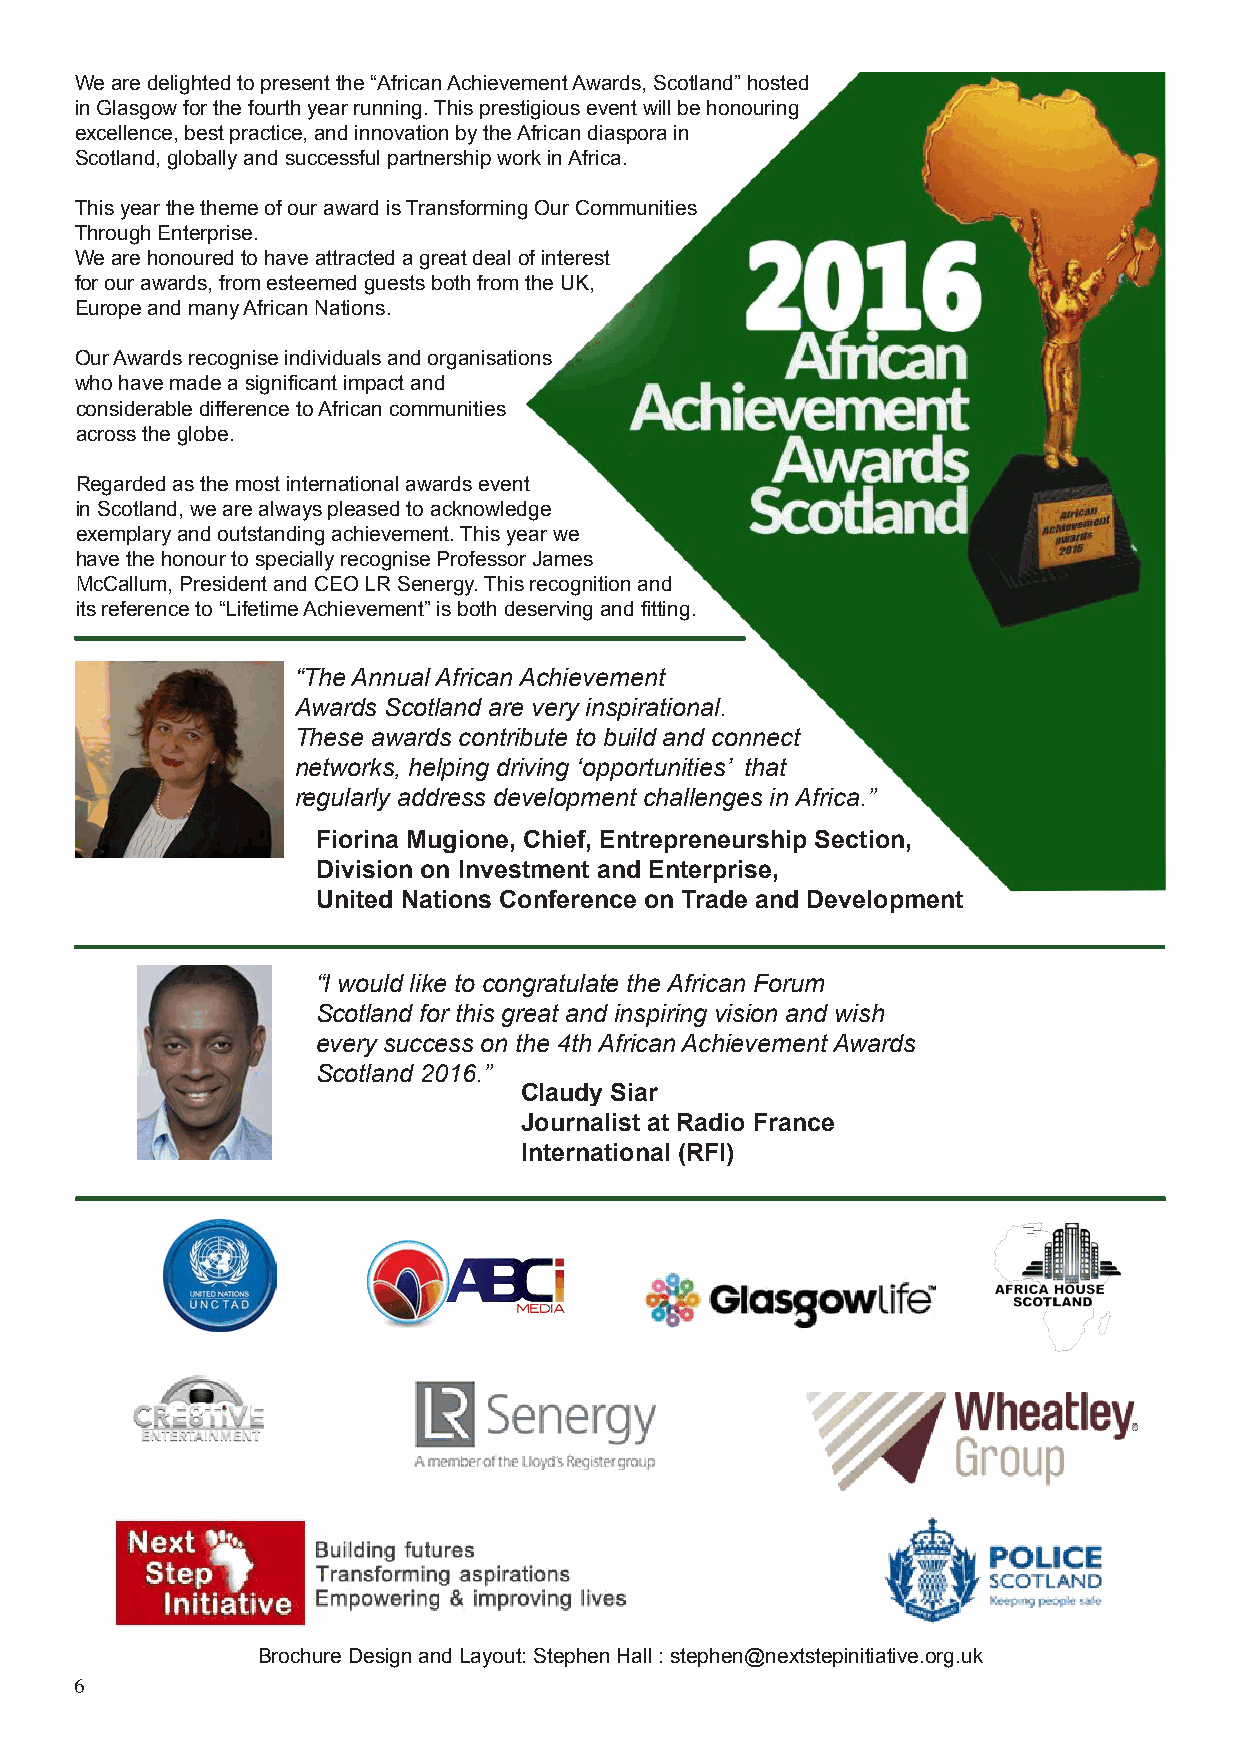
We are delighted to present the “African Achievement Awards, Scotland” hosted
 in Glasgow for the fourth year running. This prestigious event will be honouring
 excellence, best practice, and innovation by the African diaspora in
 Scotland, globally and successful partnership work in Africa.
 This year the theme of our award is Transforming Our Communities
 Through Enterprise.
 We are honoured to have attracted a great deal of interest
 for our awards, from esteemed guests both from the UK,
 Europe and many African Nations.
 Our Awards recognise individuals and organisations
 who have made a significant impact and
 considerable difference to African communities
 across the globe.
 Regarded as the most international awards event
 in Scotland, we are always pleased to acknowledge
 exemplary and outstanding achievement. This year we
 have the honour to specially recognise Professor James
 McCallum, President and CEO LR Senergy. This recognition and
 its reference to “Lifetime Achievement” is both deserving and fitting.
 “The Annual African Achievement
 Awards Scotland are very inspirational.
 These awards contribute to build and connect
 networks, helping driving ‘opportunities’ that
 regularly address development challenges in Africa.”
 Fiorina Mugione, Chief, Entrepreneurship Section,
 Division on Investment and Enterprise,
 United Nations Conference on Trade and Development
 “I would like to congratulate the African Forum
 Scotland for this great and inspiring vision and wish
 every success on the 4th African Achievement Awards
 Scotland 2016.”
 Claudy Siar
 Journalist at Radio France
 International (RFI)
 Brochure Design and Layout: Stephen Hall : stephen@nextstepinitiative.org.uk
 6